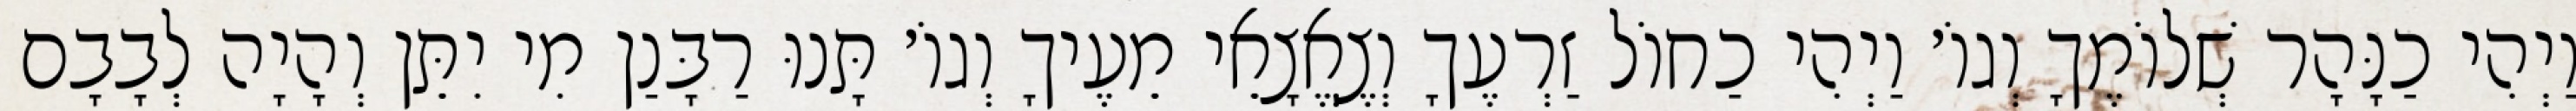
וַיְהִי כַנָּהָר שְׁלוֹמֶךָ וְגוֹ׳ וַיְהִי כַחוֹל זַרְעֶךָ וְצֶאֱצָאֵי מֵעֶיךָ וְגוֹ׳ תָּנוּ רַבָּנַן מִי יִתֵּן וְהָיָה לְבָבָם